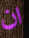
ان